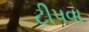
ટીપવા